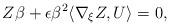
LaTeX: \begin{align*}Z\beta+\epsilon\beta^2\langle\nabla_{\xi}Z,U\rangle=0,\end{align*}